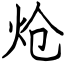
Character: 炝